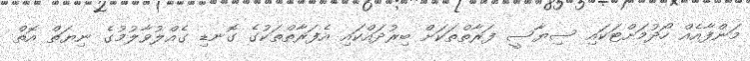
މަންފާއެއް ހޯދުމަށްޓަކައި ސިޔާސީ ފަރާތްތަކަށް ބިރުދައްކައި އެފަރާތްތަކުގެ ގޮނޑި ގެއްލުވާލުމުގެ ނިޔަތް އޮތް